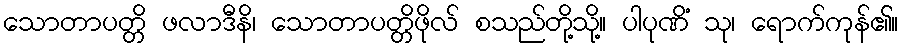
သောတာပတ္တိ ဖလာဒီနိ၊ သောတာပတ္တိဖိုလ် စသည်တို့သို့။ ပါပုဏိံ သု၊ ရောက်ကုန်၏။